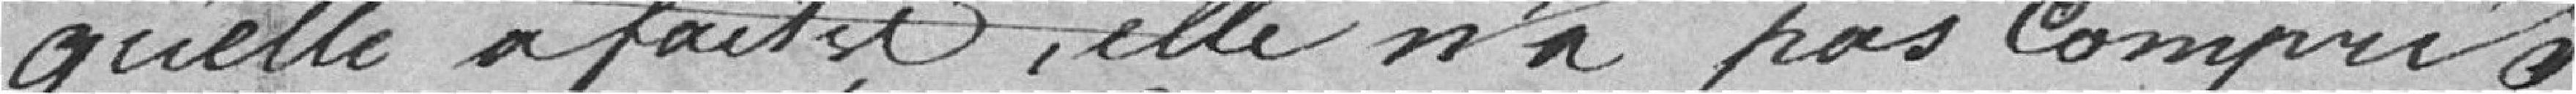
qu'elle a fait et elle n'a pas compris